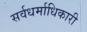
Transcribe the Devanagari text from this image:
सर्वधर्माधिकारी